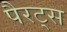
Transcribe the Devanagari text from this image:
पैरट्स